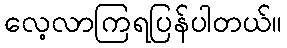
လေ့လာကြရပြန်ပါတယ်။